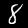
Digit: 8